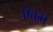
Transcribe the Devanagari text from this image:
एंवम